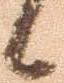
候